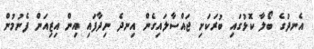
އެނދުގެ ބޯލާ ކޮޅުގައި ބުރަކަށި ޖައްސާލައިގެން އިނދެ ނިދާފައި އިން އިޒިއަން ފެނުމުން